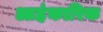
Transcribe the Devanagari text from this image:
आहंकारिक